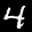
Label: 4